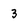
Character: 3